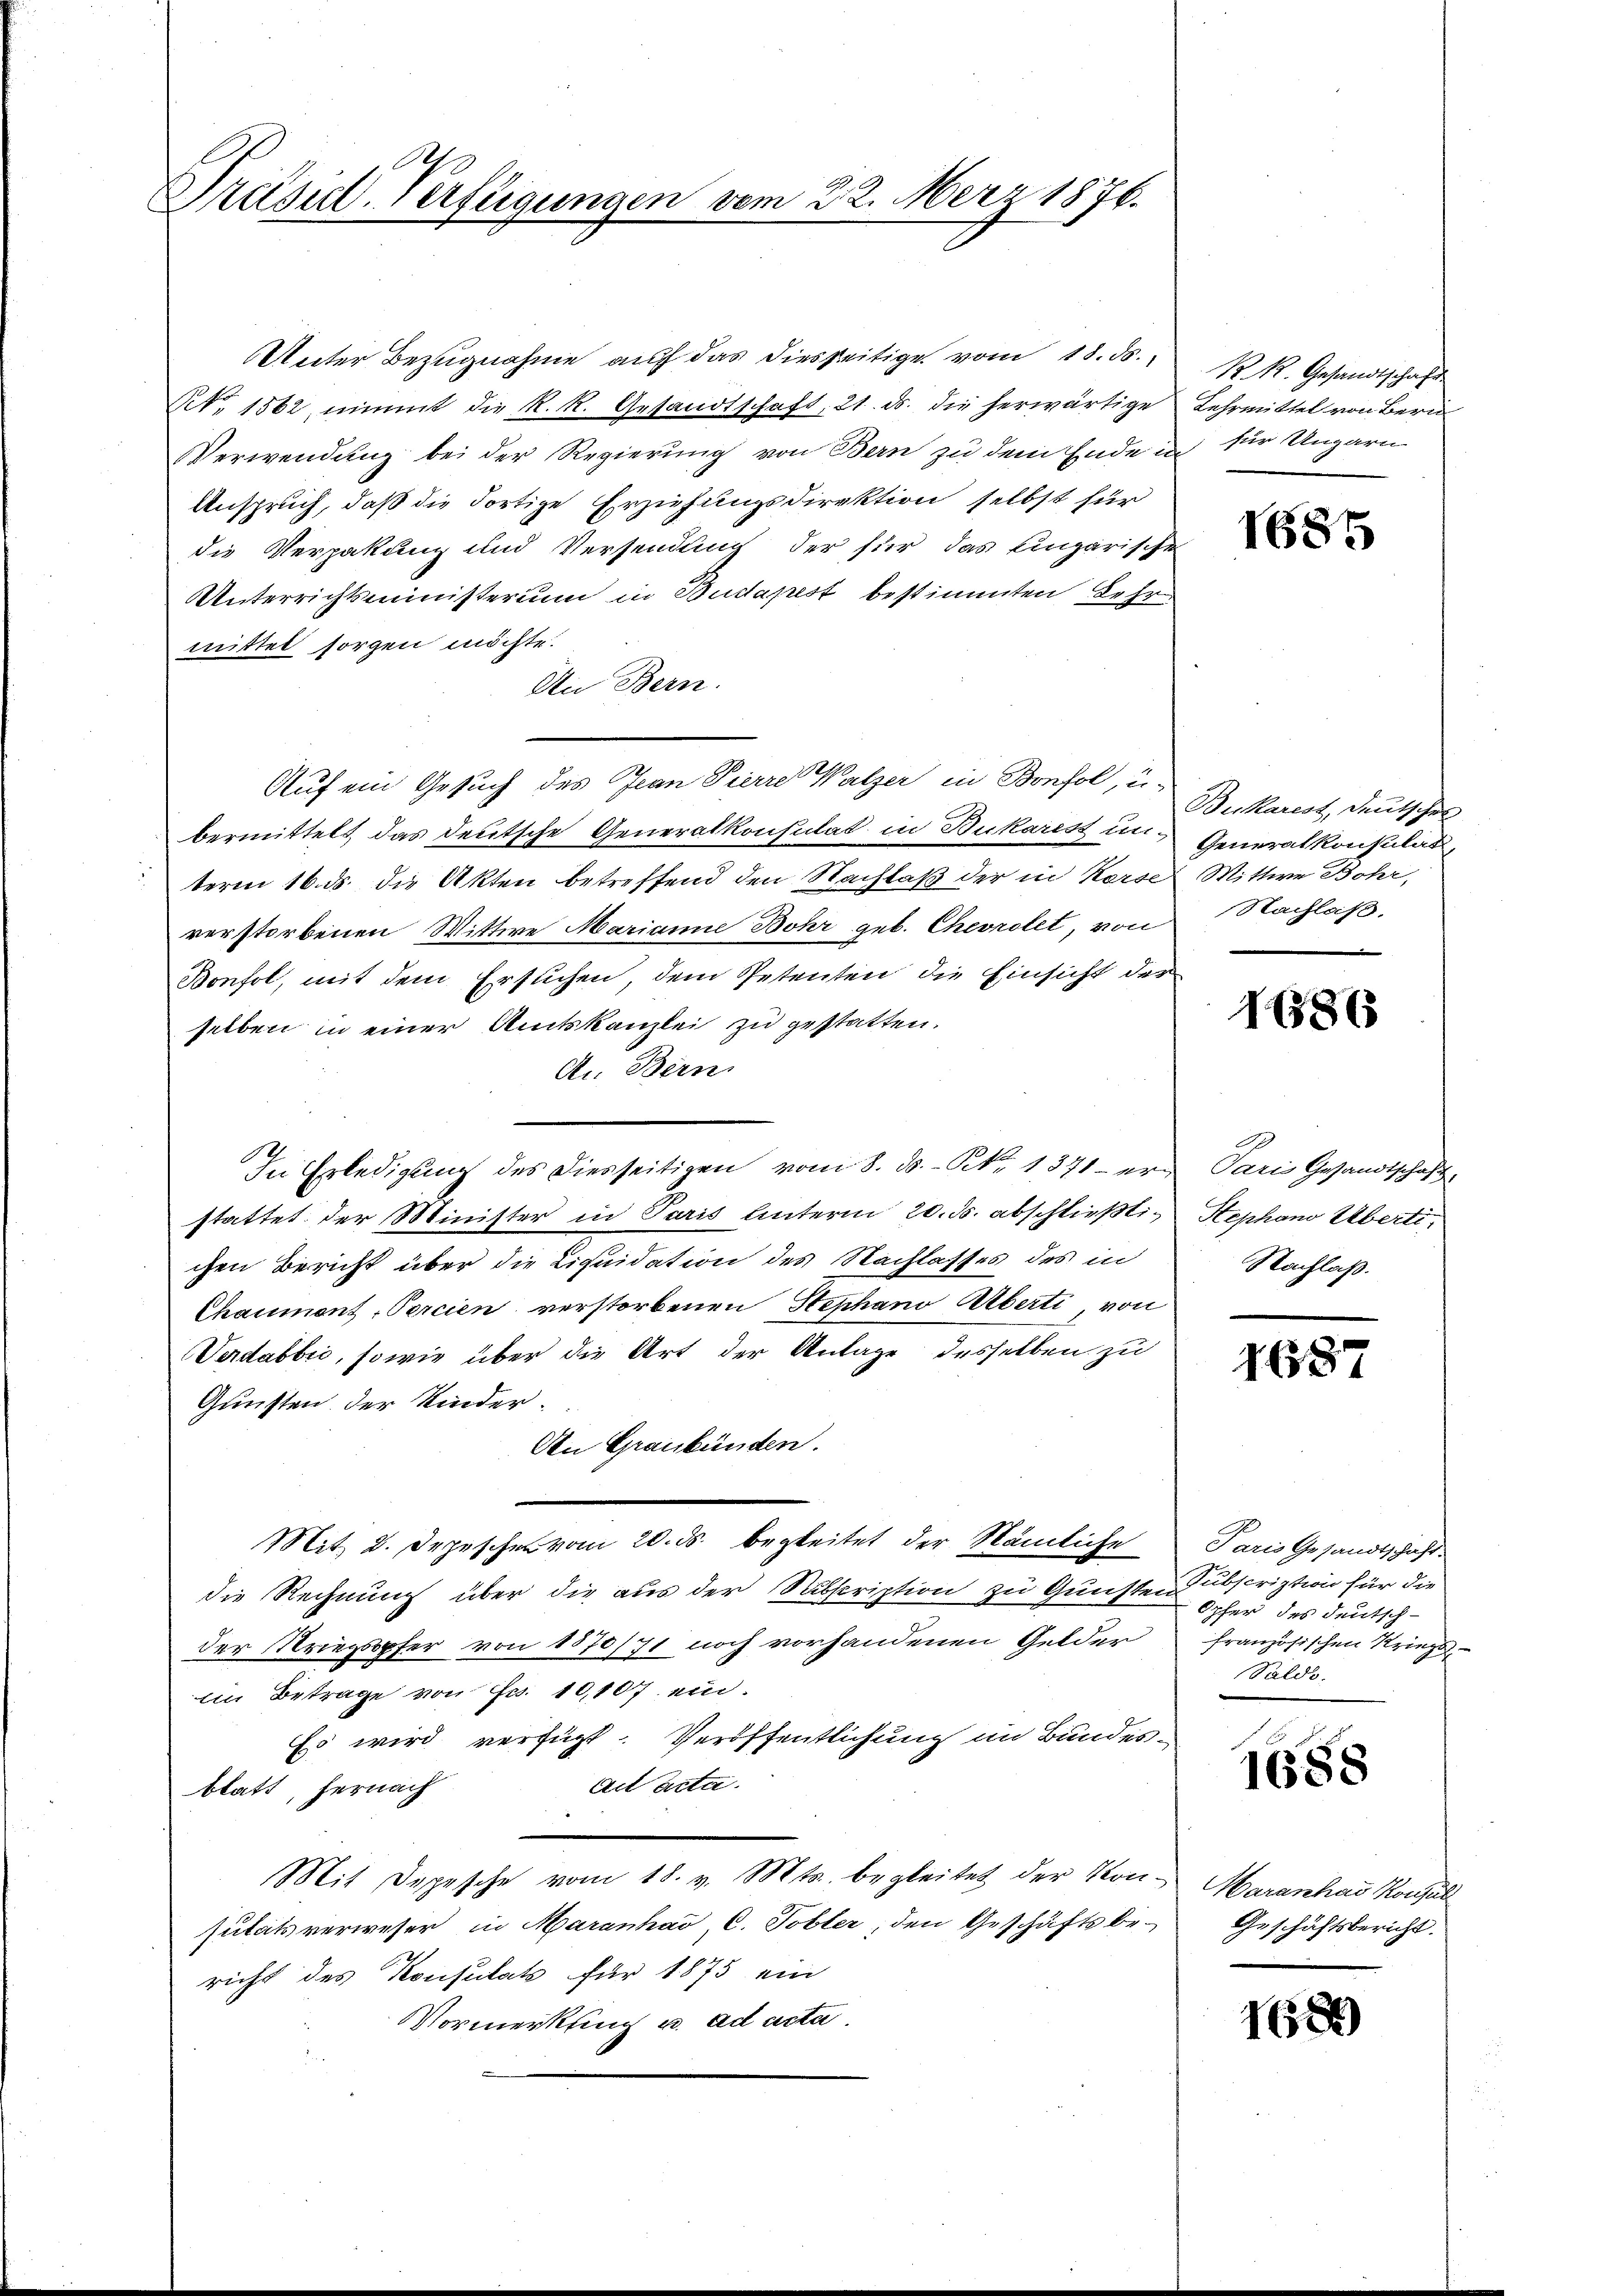
A
Präsid. Verfügungen vom 22. März 1876.

Unter Bezugnahme auf das diesseitige vom 18. ds.
Nr. 1562 nimmt die k. k. Gesandtschaft, 21. ds. die herwärtige Lehrmittel von Bern
Verwendung bei der Regierung von Bern zu dem Ende in
Anspruch, daß die Fortige Erziehungsdirektion selbst für
die Verpakanz und Versendung der für das Eingarische
Unterrichtsministerium in Budapest bestimmten Lehr
mittel sorgen möchte.
An Bern.
Auf ein Gesuch des Jean Pierre Walzer in Bonfol, u.
bermittelt das deutsche Generalkonsulat in Bukaris in Generalkonsulat
term 16. ds. die Akten betreffend den Nachlaß der in Kerse Wittwe Bohr,
verstorbenen Wittwe Marianne Bohr geb. Chevrolet, von
Bonfol, mit dem Ersuchen, dem Petenten die Einsicht des
selben in einer Amtskanzlei zu gestatten.
An Bern.
In Erledigung des Diesseitigen vom 8. ds. S. 1371 - erstattet der Minister in Paris Unterm 20. ds. abschließt, Stephano Übertichen Bericht über die Liquidation des Nachlasses des in
Chaumont-Percien verstorbenen Stephano Überti von
Verdabbić, sowie über die Art der Anlage desselben zu
Gunsten der Kinder.
An Graubünden.
Mit 2. Depesche vom 20. ds. begleitet der Nämliche Paris Gesandtschaft
die Rechnung über die aus der Subscription zu Gunsten Subscription für die
der Kriegspfer von 1870/71 noch vorhandenen Gelder
Ein Betrage von Fr. 10,107 ein¬
Es wird verfügt. Veröffentlichung im Bundes¬
Act Acta.
blatt, hernach
Mit Depesche vom 18. v. Mts. begleitet der Ton-
sutats verweser in Maranhav, C. Tobler, den Geschäftsbe-
richt des Konsulat für 1873 ein
Vormerkung u. ad acta.

R. R. Gesandtschaft
für Ungarn

1685

Bukarest, deutschen
Nachlaß.

1865

Paris Gesandtschaft
Nachlaß.

1687

Opfer des deutsch-
französischen Kriegs
Saldo.

1688

Maranhar Konsul
Geschäftsbericht.

1684